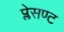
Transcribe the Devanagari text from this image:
प्लेसण्ट